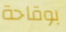
بوقاحة